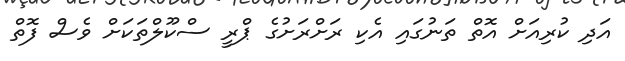
އަދި ކުރިއަށް އޮތް ތަނުގައި އެކި ރަށްރަށުގެ ޕްރީ ސްކޫލްތަކަށް ވެސް ފޮތް